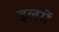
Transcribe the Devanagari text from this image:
इलमें